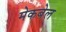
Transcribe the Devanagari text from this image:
मेकबेल